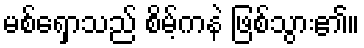
မစ်ရှောသည် စိမ့်ကနဲ ဖြစ်သွား၏။